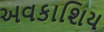
અવકાશિય